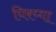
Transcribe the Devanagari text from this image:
घिरय्या